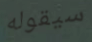
سيقوله